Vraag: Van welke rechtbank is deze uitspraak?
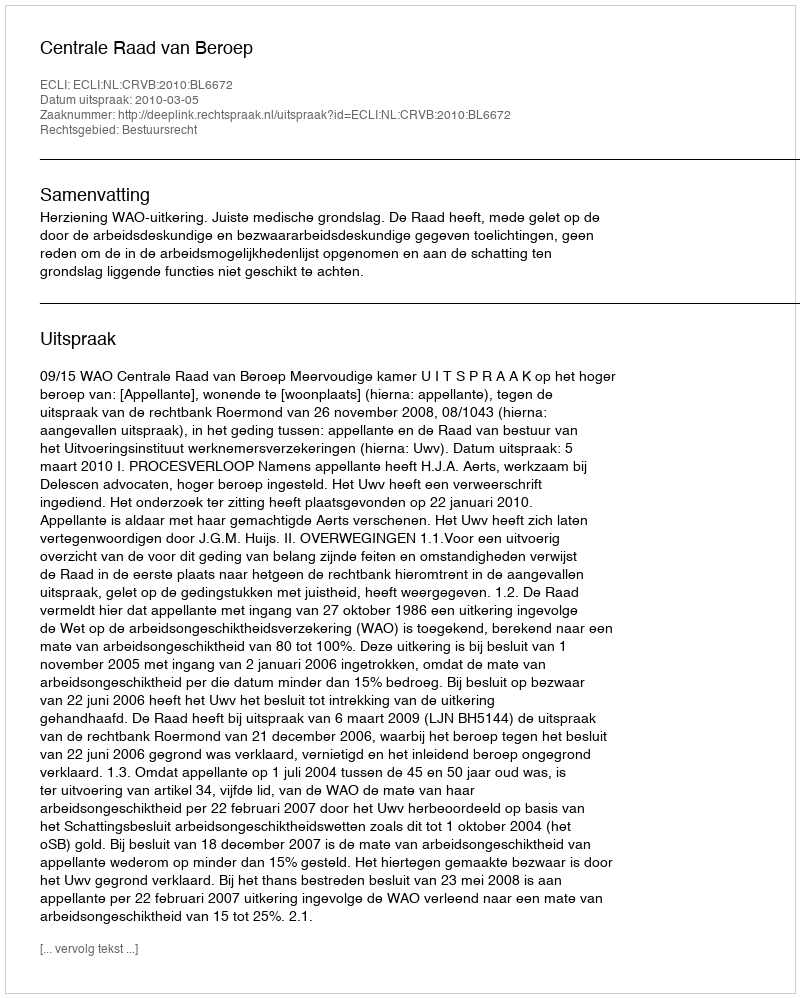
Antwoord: Centrale Raad van Beroep